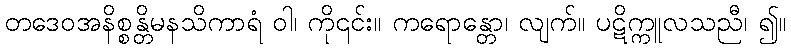
တဒေဝအနိစ္စန္တိမနသိကာရံ ဝါ၊ ကို၎င်း။ ကရောန္တော၊ လျက်။ ပဋိက္ကူလသညီ၊ ၍။